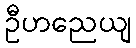
ဦဟညေယျ